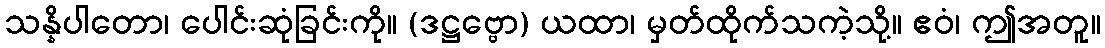
သန္နိပါတော၊ ပေါင်းဆုံခြင်းကို။ (ဒဋ္ဌဗ္ဗော) ယထာ၊ မှတ်ထိုက်သကဲ့သို့။ ဧဝံ၊ ဤအတူ။